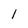
Character: l